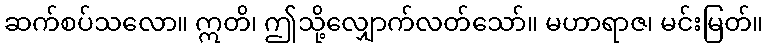
ဆက်စပ်သလော။ ဣတိ၊ ဤသို့လျှောက်လတ်သော်။ မဟာရာဇ၊ မင်းမြတ်။